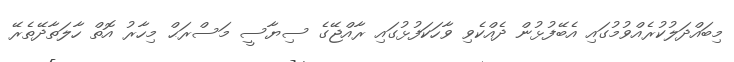
މިބައްދަލުކުރެއްވުމުގައި އެބޭފުޅުން ދެއްކެވި ވާހަކަފުޅުގައި ރާއްޖޭގެ ސިޔާސީ މަސްރަޙް މިހާރު އޮތް ހާލަތާދޭތެރޭ